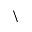
\backslash